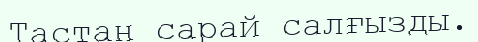
Тастан сарай салғызды.